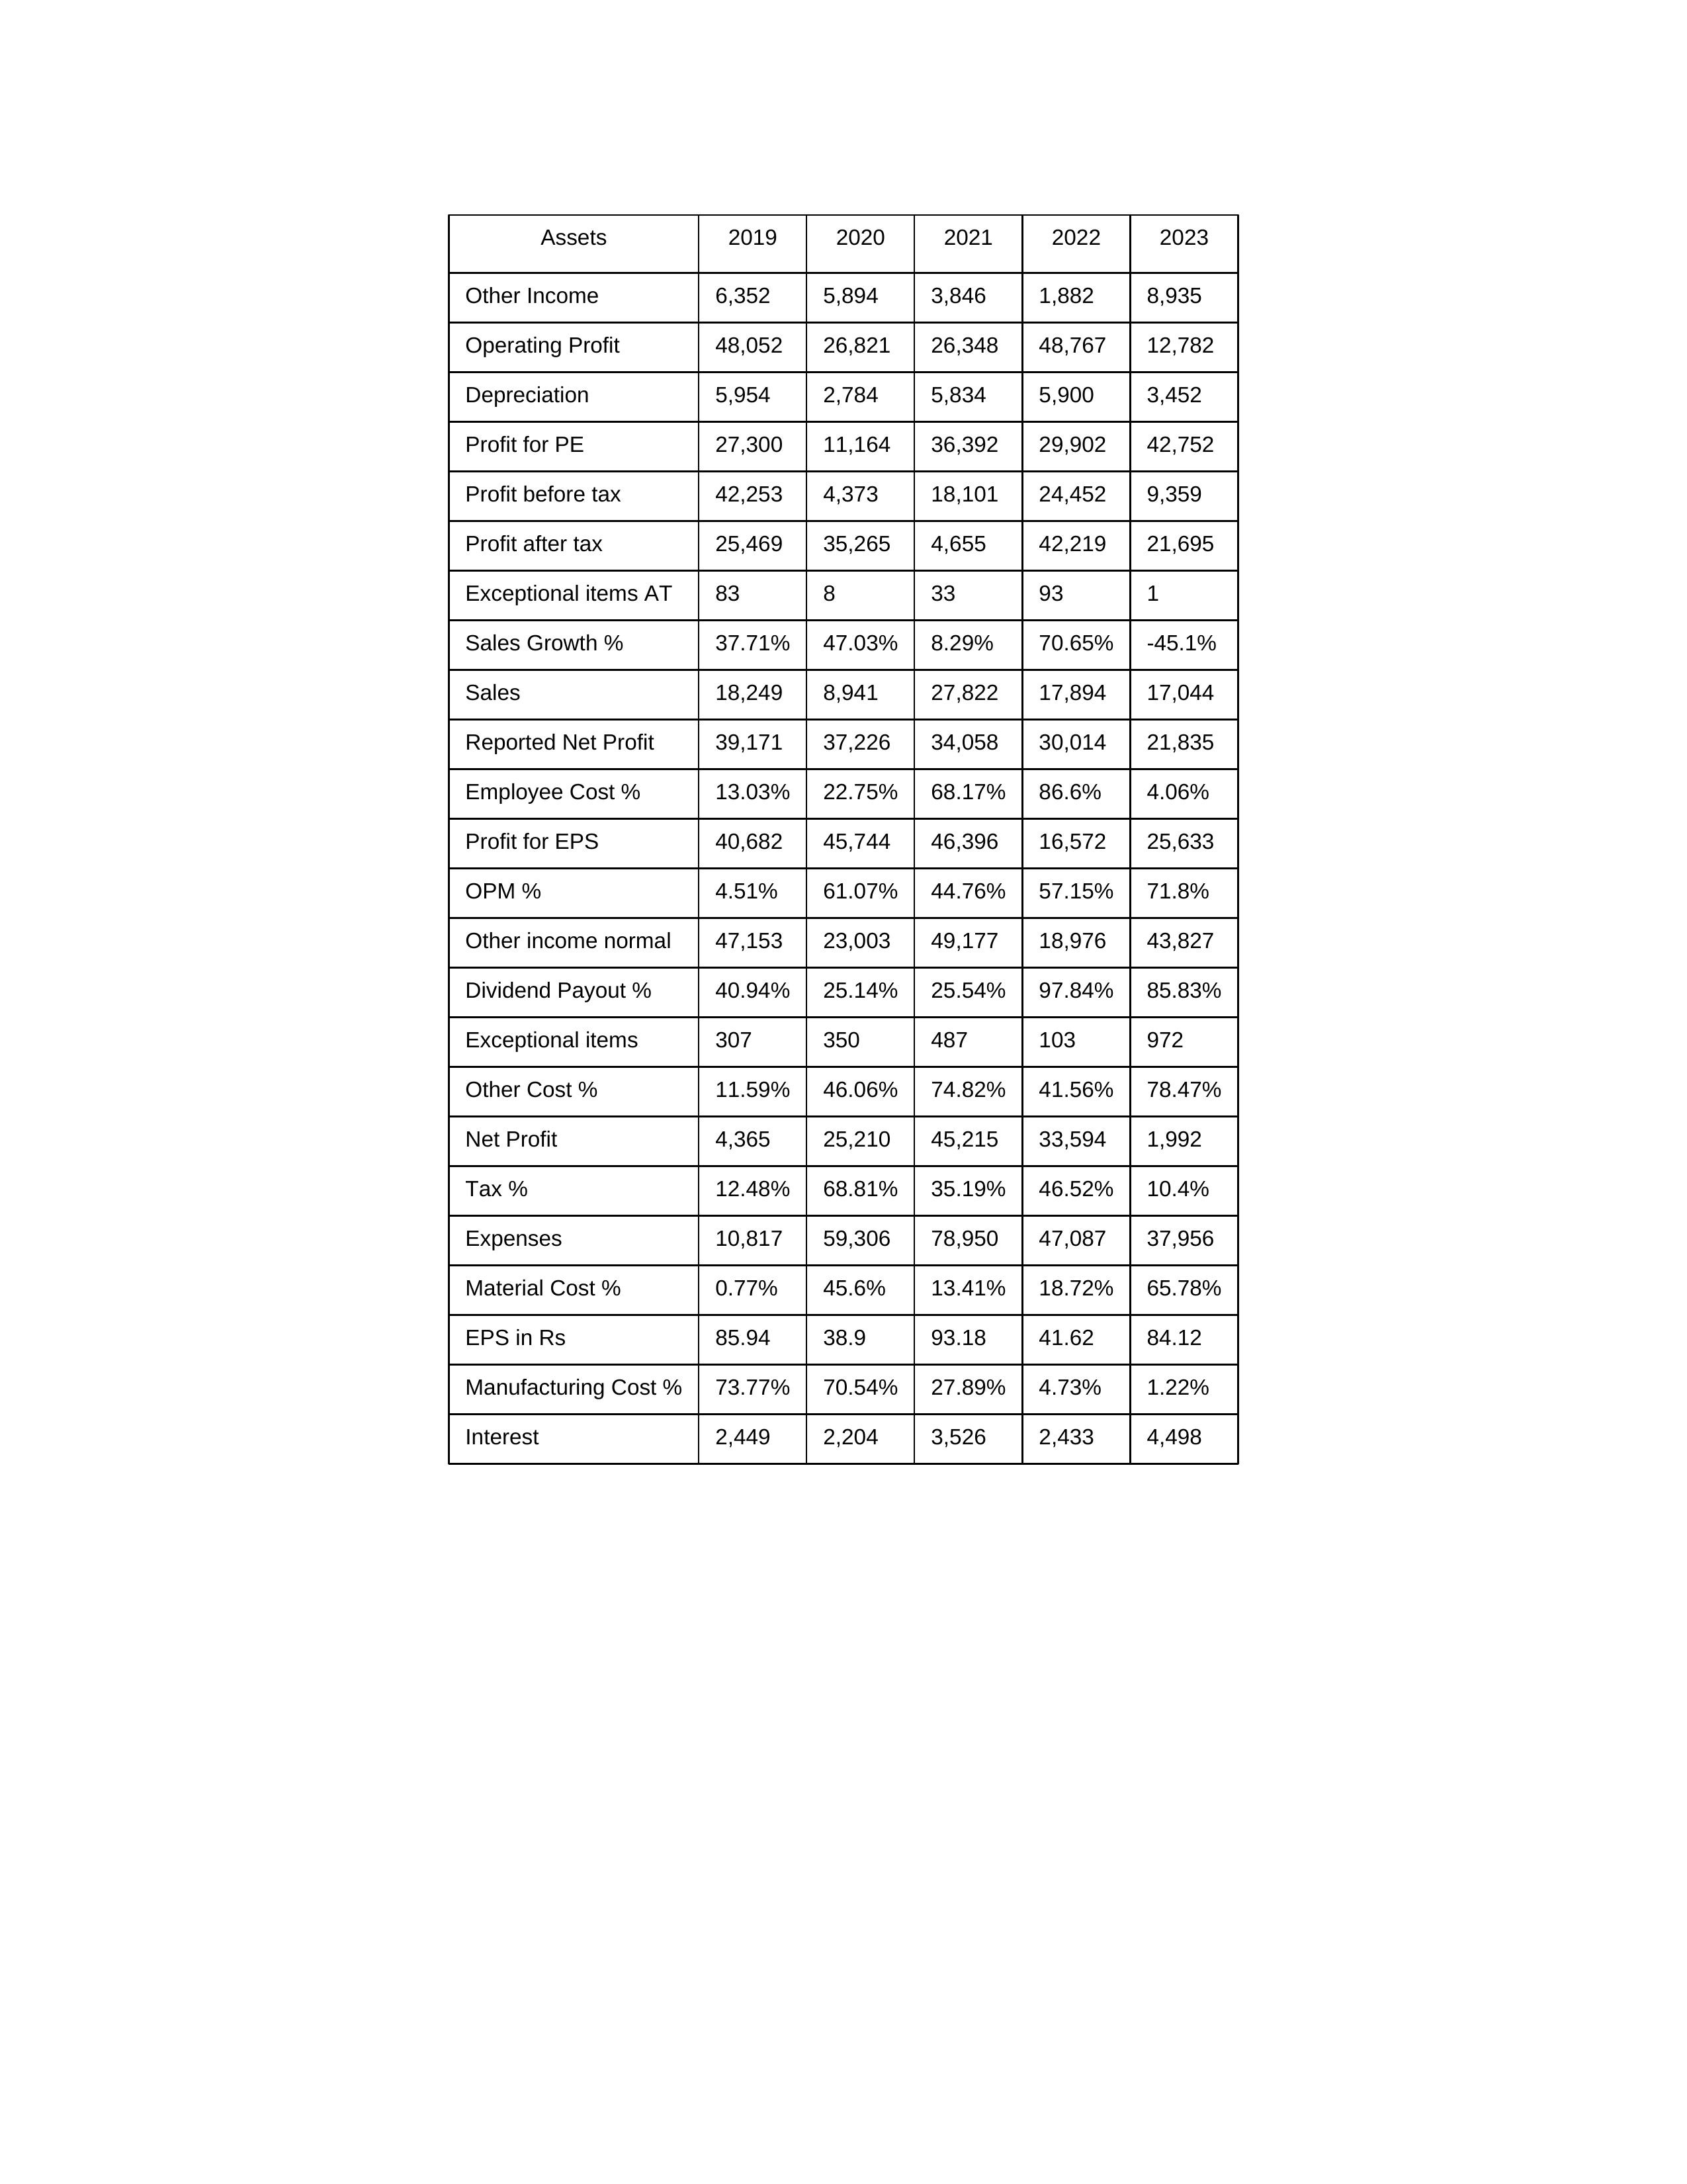
gt_parse: 2019: Sales: 18,249
Sales Growth %: 37.71%
Expenses: 10,817
Material Cost %: 0.77%
Manufacturing Cost %: 73.77%
Employee Cost %: 13.03%
Other Cost %: 11.59%
Operating Profit: 48,052
OPM %: 4.51%
Other Income: 6,352
Exceptional items: 307
Other income normal: 47,153
Interest: 2,449
Depreciation: 5,954
Profit before tax: 42,253
Tax %: 12.48%
Net Profit: 4,365
Profit after tax: 25,469
Reported Net Profit: 39,171
Profit for EPS: 40,682
Exceptional items AT: 83
Profit for PE: 27,300
EPS in Rs: 85.94
Dividend Payout %: 40.94%
2020: Sales: 8,941
Sales Growth %: 47.03%
Expenses: 59,306
Material Cost %: 45.6%
Manufacturing Cost %: 70.54%
Employee Cost %: 22.75%
Other Cost %: 46.06%
Operating Profit: 26,821
OPM %: 61.07%
Other Income: 5,894
Exceptional items: 350
Other income normal: 23,003
Interest: 2,204
Depreciation: 2,784
Profit before tax: 4,373
Tax %: 68.81%
Net Profit: 25,210
Profit after tax: 35,265
Reported Net Profit: 37,226
Profit for EPS: 45,744
Exceptional items AT: 8
Profit for PE: 11,164
EPS in Rs: 38.9
Dividend Payout %: 25.14%
2021: Sales: 27,822
Sales Growth %: 8.29%
Expenses: 78,950
Material Cost %: 13.41%
Manufacturing Cost %: 27.89%
Employee Cost %: 68.17%
Other Cost %: 74.82%
Operating Profit: 26,348
OPM %: 44.76%
Other Income: 3,846
Exceptional items: 487
Other income normal: 49,177
Interest: 3,526
Depreciation: 5,834
Profit before tax: 18,101
Tax %: 35.19%
Net Profit: 45,215
Profit after tax: 4,655
Reported Net Profit: 34,058
Profit for EPS: 46,396
Exceptional items AT: 33
Profit for PE: 36,392
EPS in Rs: 93.18
Dividend Payout %: 25.54%
2022: Sales: 17,894
Sales Growth %: 70.65%
Expenses: 47,087
Material Cost %: 18.72%
Manufacturing Cost %: 4.73%
Employee Cost %: 86.6%
Other Cost %: 41.56%
Operating Profit: 48,767
OPM %: 57.15%
Other Income: 1,882
Exceptional items: 103
Other income normal: 18,976
Interest: 2,433
Depreciation: 5,900
Profit before tax: 24,452
Tax %: 46.52%
Net Profit: 33,594
Profit after tax: 42,219
Reported Net Profit: 30,014
Profit for EPS: 16,572
Exceptional items AT: 93
Profit for PE: 29,902
EPS in Rs: 41.62
Dividend Payout %: 97.84%
2023: Sales: 17,044
Sales Growth %: -45.1%
Expenses: 37,956
Material Cost %: 65.78%
Manufacturing Cost %: 1.22%
Employee Cost %: 4.06%
Other Cost %: 78.47%
Operating Profit: 12,782
OPM %: 71.8%
Other Income: 8,935
Exceptional items: 972
Other income normal: 43,827
Interest: 4,498
Depreciation: 3,452
Profit before tax: 9,359
Tax %: 10.4%
Net Profit: 1,992
Profit after tax: 21,695
Reported Net Profit: 21,835
Profit for EPS: 25,633
Exceptional items AT: 1
Profit for PE: 42,752
EPS in Rs: 84.12
Dividend Payout %: 85.83%